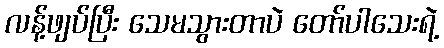
လန့်ဖျပ်ပြီး သေမသွားတာပဲ တော်ပါသေးရဲ့